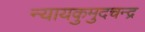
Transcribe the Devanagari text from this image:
न्यायकुमुदचन्द्र